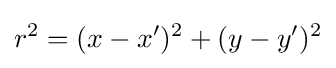
r^{2}=(x-x')^{2}+(y-y')^{2}